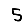
Digit: 5